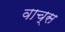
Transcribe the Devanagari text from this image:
वाच्स